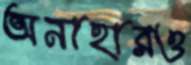
অনাহারও